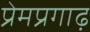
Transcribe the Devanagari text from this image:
प्रेमप्रगाढ़